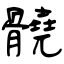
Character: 髐